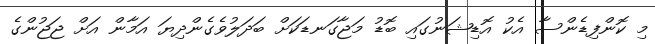
މި ކޮންފިޑެންސާ އެކު އޮޑިޝަނުގައި ބޮޑު މަޖާގަނޑަކަށް ބަދަލުވެގެންދިޔަ އަމާން އަށް ޖަޖުންގެ